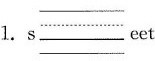
1. s___eet